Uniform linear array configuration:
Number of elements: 4
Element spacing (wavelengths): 1
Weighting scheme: blackman
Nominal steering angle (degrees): -30
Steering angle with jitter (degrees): -28.422
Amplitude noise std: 0.05
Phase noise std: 0.05

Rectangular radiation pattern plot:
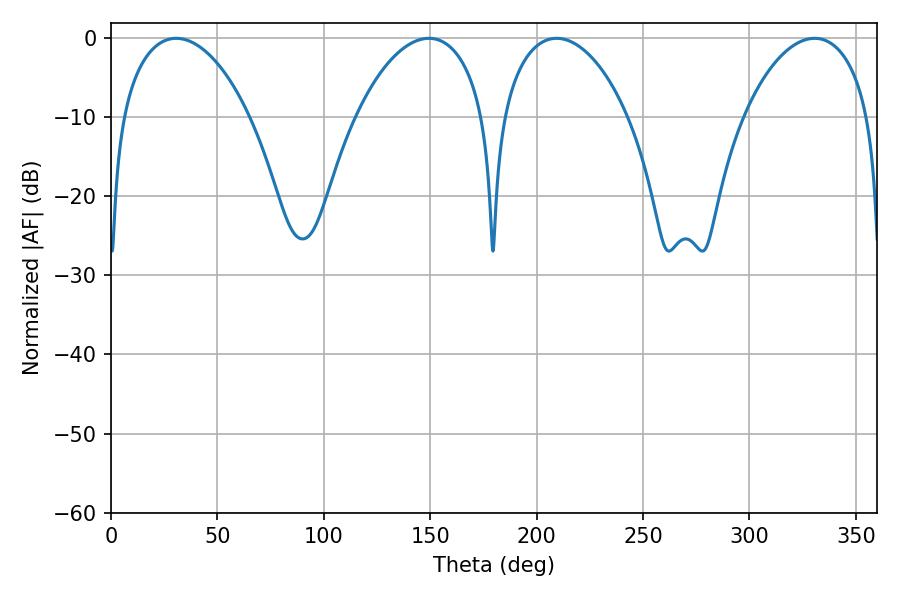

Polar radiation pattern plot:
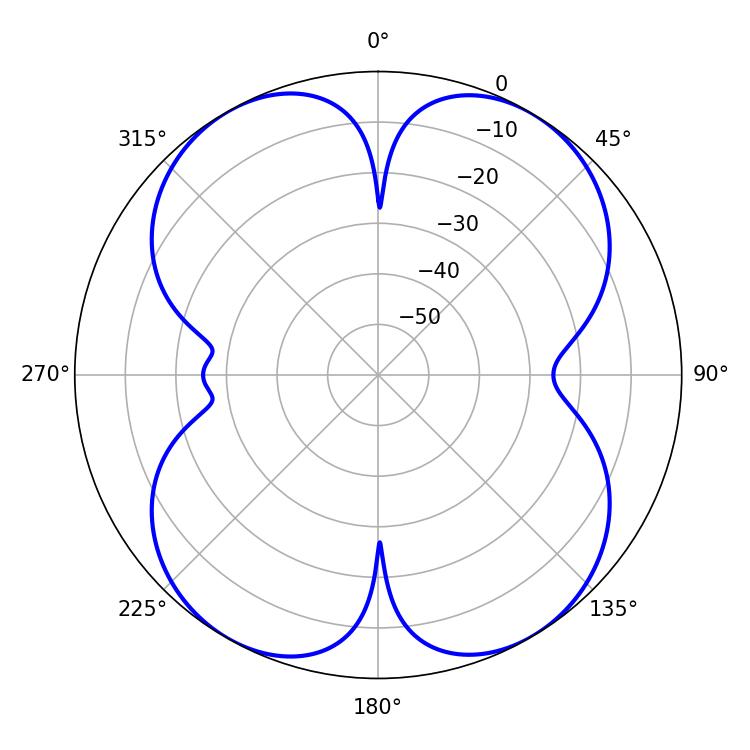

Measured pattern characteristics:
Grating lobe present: TRUE
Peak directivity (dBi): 17.075
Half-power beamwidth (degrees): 34.2
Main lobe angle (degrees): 30.6